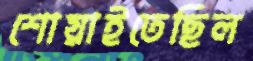
শোয়াইতেছিল